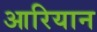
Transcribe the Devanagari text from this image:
आरियान